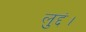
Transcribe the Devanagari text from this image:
लुद्दं।